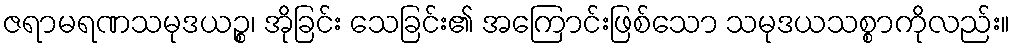
ဇရာမရဏသမုဒယဉ္စ၊ အိုခြင်း သေခြင်း၏ အကြောင်းဖြစ်သော သမုဒယသစ္စာကိုလည်း။